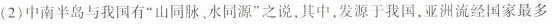
(2)中南半岛与我国有”山同脉、水同源”之说，其中，发源于我国，亚洲流经国家最多